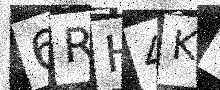
Text: 6RH4KV